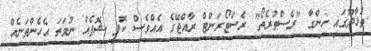
ތުޅާދޫގައި ހިންގާ "ރެސްތުރެތޯ" ރެސްޓޯރަންޓް ރާއްޖޭގެ އެއްވެސް ކޮފީ ޝޮޕެއް ނުވަތަ އެހެންތަނެއް